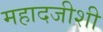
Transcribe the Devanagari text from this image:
महादजीशी